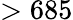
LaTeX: >685